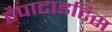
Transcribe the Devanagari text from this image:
हैपाटाइटिस